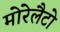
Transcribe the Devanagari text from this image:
मोरेलैटो